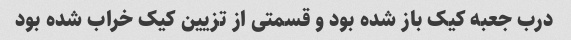
درب جعبه کیک باز شده بود و قسمتی از تزیین کیک خراب شده بود